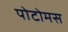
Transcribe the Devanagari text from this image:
पोटोमस